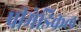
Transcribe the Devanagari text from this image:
प्रीमेडिकल